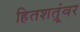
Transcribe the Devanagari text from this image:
हितशत्रूंवर